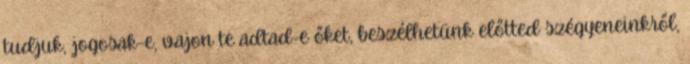
tudjuk, jogosak-e, vajon te adtad-e őket, beszélhetünk előtted szégyeneinkről,